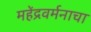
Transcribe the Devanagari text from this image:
महेंद्रवर्मनाचा